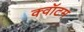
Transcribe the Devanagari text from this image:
क्‍वॉटम